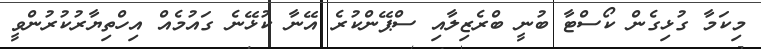
މިކަމާ ގުޅިގެން ކޯސްޓާ ބުނީ ބްރެޒިލާއި ސްޕޭންކުރެ އޭނާ ކުޅޭނެ ގައުމެއް އިހްތިޔާރުކުރުންވީ